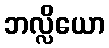
ဘလ္လိယော